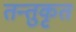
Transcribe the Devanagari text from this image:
तन्तुकृत